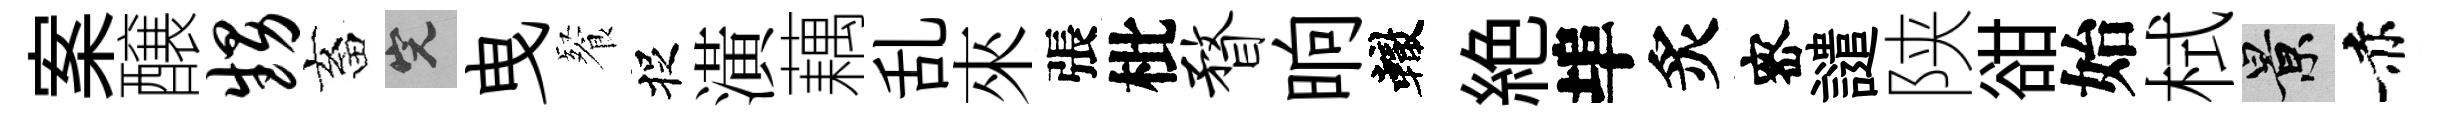
案醸甥畜完曳餐捉潢藕乱來張枇瞀晌轍絶埠炙宻譴陕𧮳始栻景赤